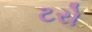
ટરો